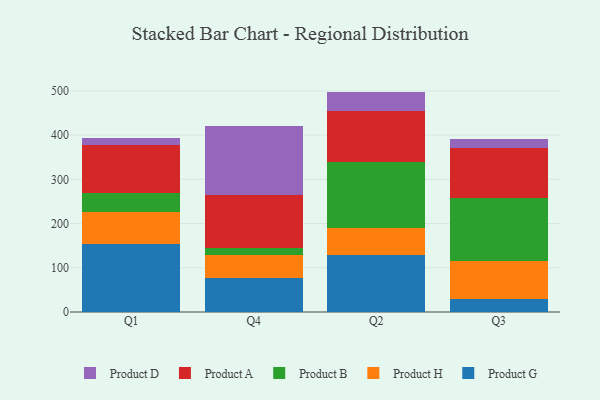
{"axis": {"x": "Quarter", "y": "Churn Rate (%)"}, "legend": ["Product A", "Product B", "Product D", "Product G", "Product H"], "data": [{"x": "Q1", "y": 152.7, "type": "Product G"}, {"x": "Q1", "y": 74.2, "type": "Product H"}, {"x": "Q1", "y": 41.9, "type": "Product B"}, {"x": "Q1", "y": 108.4, "type": "Product A"}, {"x": "Q1", "y": 16.1, "type": "Product D"}, {"x": "Q4", "y": 77.3, "type": "Product G"}, {"x": "Q4", "y": 51.3, "type": "Product H"}, {"x": "Q4", "y": 15.6, "type": "Product B"}, {"x": "Q4", "y": 120.2, "type": "Product A"}, {"x": "Q4", "y": 156.3, "type": "Product D"}, {"x": "Q2", "y": 128.4, "type": "Product G"}, {"x": "Q2", "y": 61.8, "type": "Product H"}, {"x": "Q2", "y": 149.7, "type": "Product B"}, {"x": "Q2", "y": 115.4, "type": "Product A"}, {"x": "Q2", "y": 43.0, "type": "Product D"}, {"x": "Q3", "y": 28.3, "type": "Product G"}, {"x": "Q3", "y": 87.2, "type": "Product H"}, {"x": "Q3", "y": 141.6, "type": "Product B"}, {"x": "Q3", "y": 114.1, "type": "Product A"}, {"x": "Q3", "y": 19.0, "type": "Product D"}]}